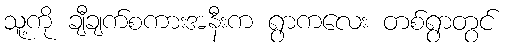
သူ့ကို ချီချက်စကားအနီးက ရွာကလေး တစ်ရွာတွင်